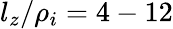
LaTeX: l_{z}/\rho_{i}=4-12